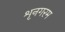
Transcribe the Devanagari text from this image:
शृनगरम